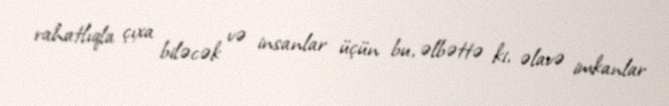
rahatlıqla çıxa biləcək və insanlar üçün bu, əlbəttə ki, əlavə imkanlar